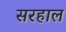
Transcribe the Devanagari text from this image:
सरहाल